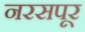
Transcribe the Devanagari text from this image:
नरसपूर